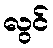
လွင်